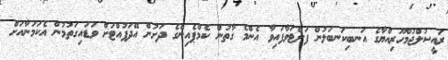
ރައީސުލްޖުމްހޫރިއްޔާގެ އަނބިކަނބަލުން ފަށްޓަވާފައިވާ އެންމެ ގާތުން ކެމްޕެއިންގެ ދަށުން އޭދަފުއްޓަށް ވަޑައިގަތުމުން އެކަމަނާއަށް